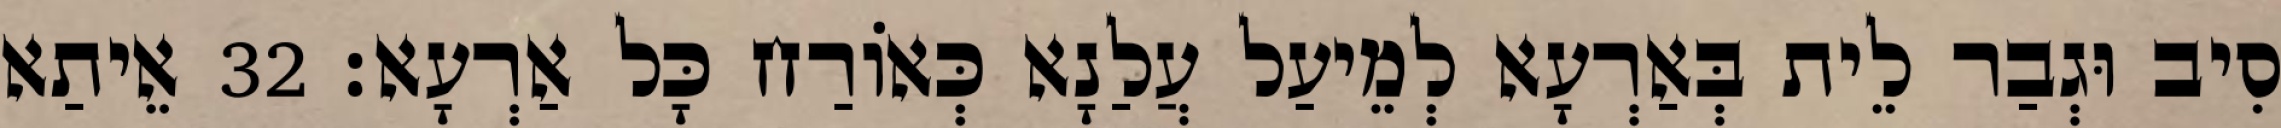
סִיב וּגְבַר לֵית בְּאַרְעָא לְמֵיעַל עֲלַנָא כְּאוֹרַח כָּל אַרְעָא׃ 32 אֵיתַא